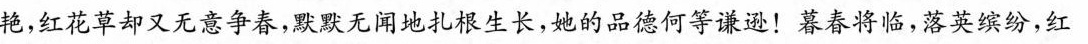
艳，红花草却又无意争春，默默无闻地扎根生长，她的品德何等谦逊！暮春将临，落英缤纷，红